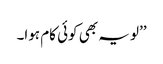
’’لو یہ بھی کوئی کام ہوا۔